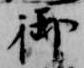
御